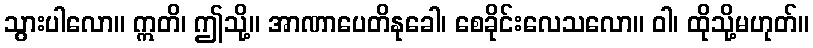
သွားပါလော။ ဣတိ၊ ဤသို့။ အာဏာပေတိနုခေါ၊ စေခိုင်းလေသလော။ ဝါ၊ ထိုသို့မဟုတ်။